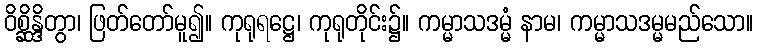
ဝိစ္ဆိန္ဒိတွာ၊ ဖြတ်တော်မူ၍။ ကုရုရဋ္ဌေ၊ ကုရုတိုင်း၌။ ကမ္မာသဒမ္မံ နာမ၊ ကမ္မာသဒမ္မမည်သော။